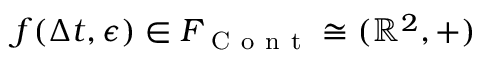
f ( \Delta t , \epsilon ) \in F _ { \mathrm { ~ C ~ o ~ n ~ t ~ } } \cong ( \mathbb { R } ^ { 2 } , + )